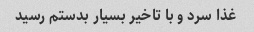
غذا سرد و با تاخیر بسیار بدستم رسید